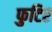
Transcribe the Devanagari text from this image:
फुटिर